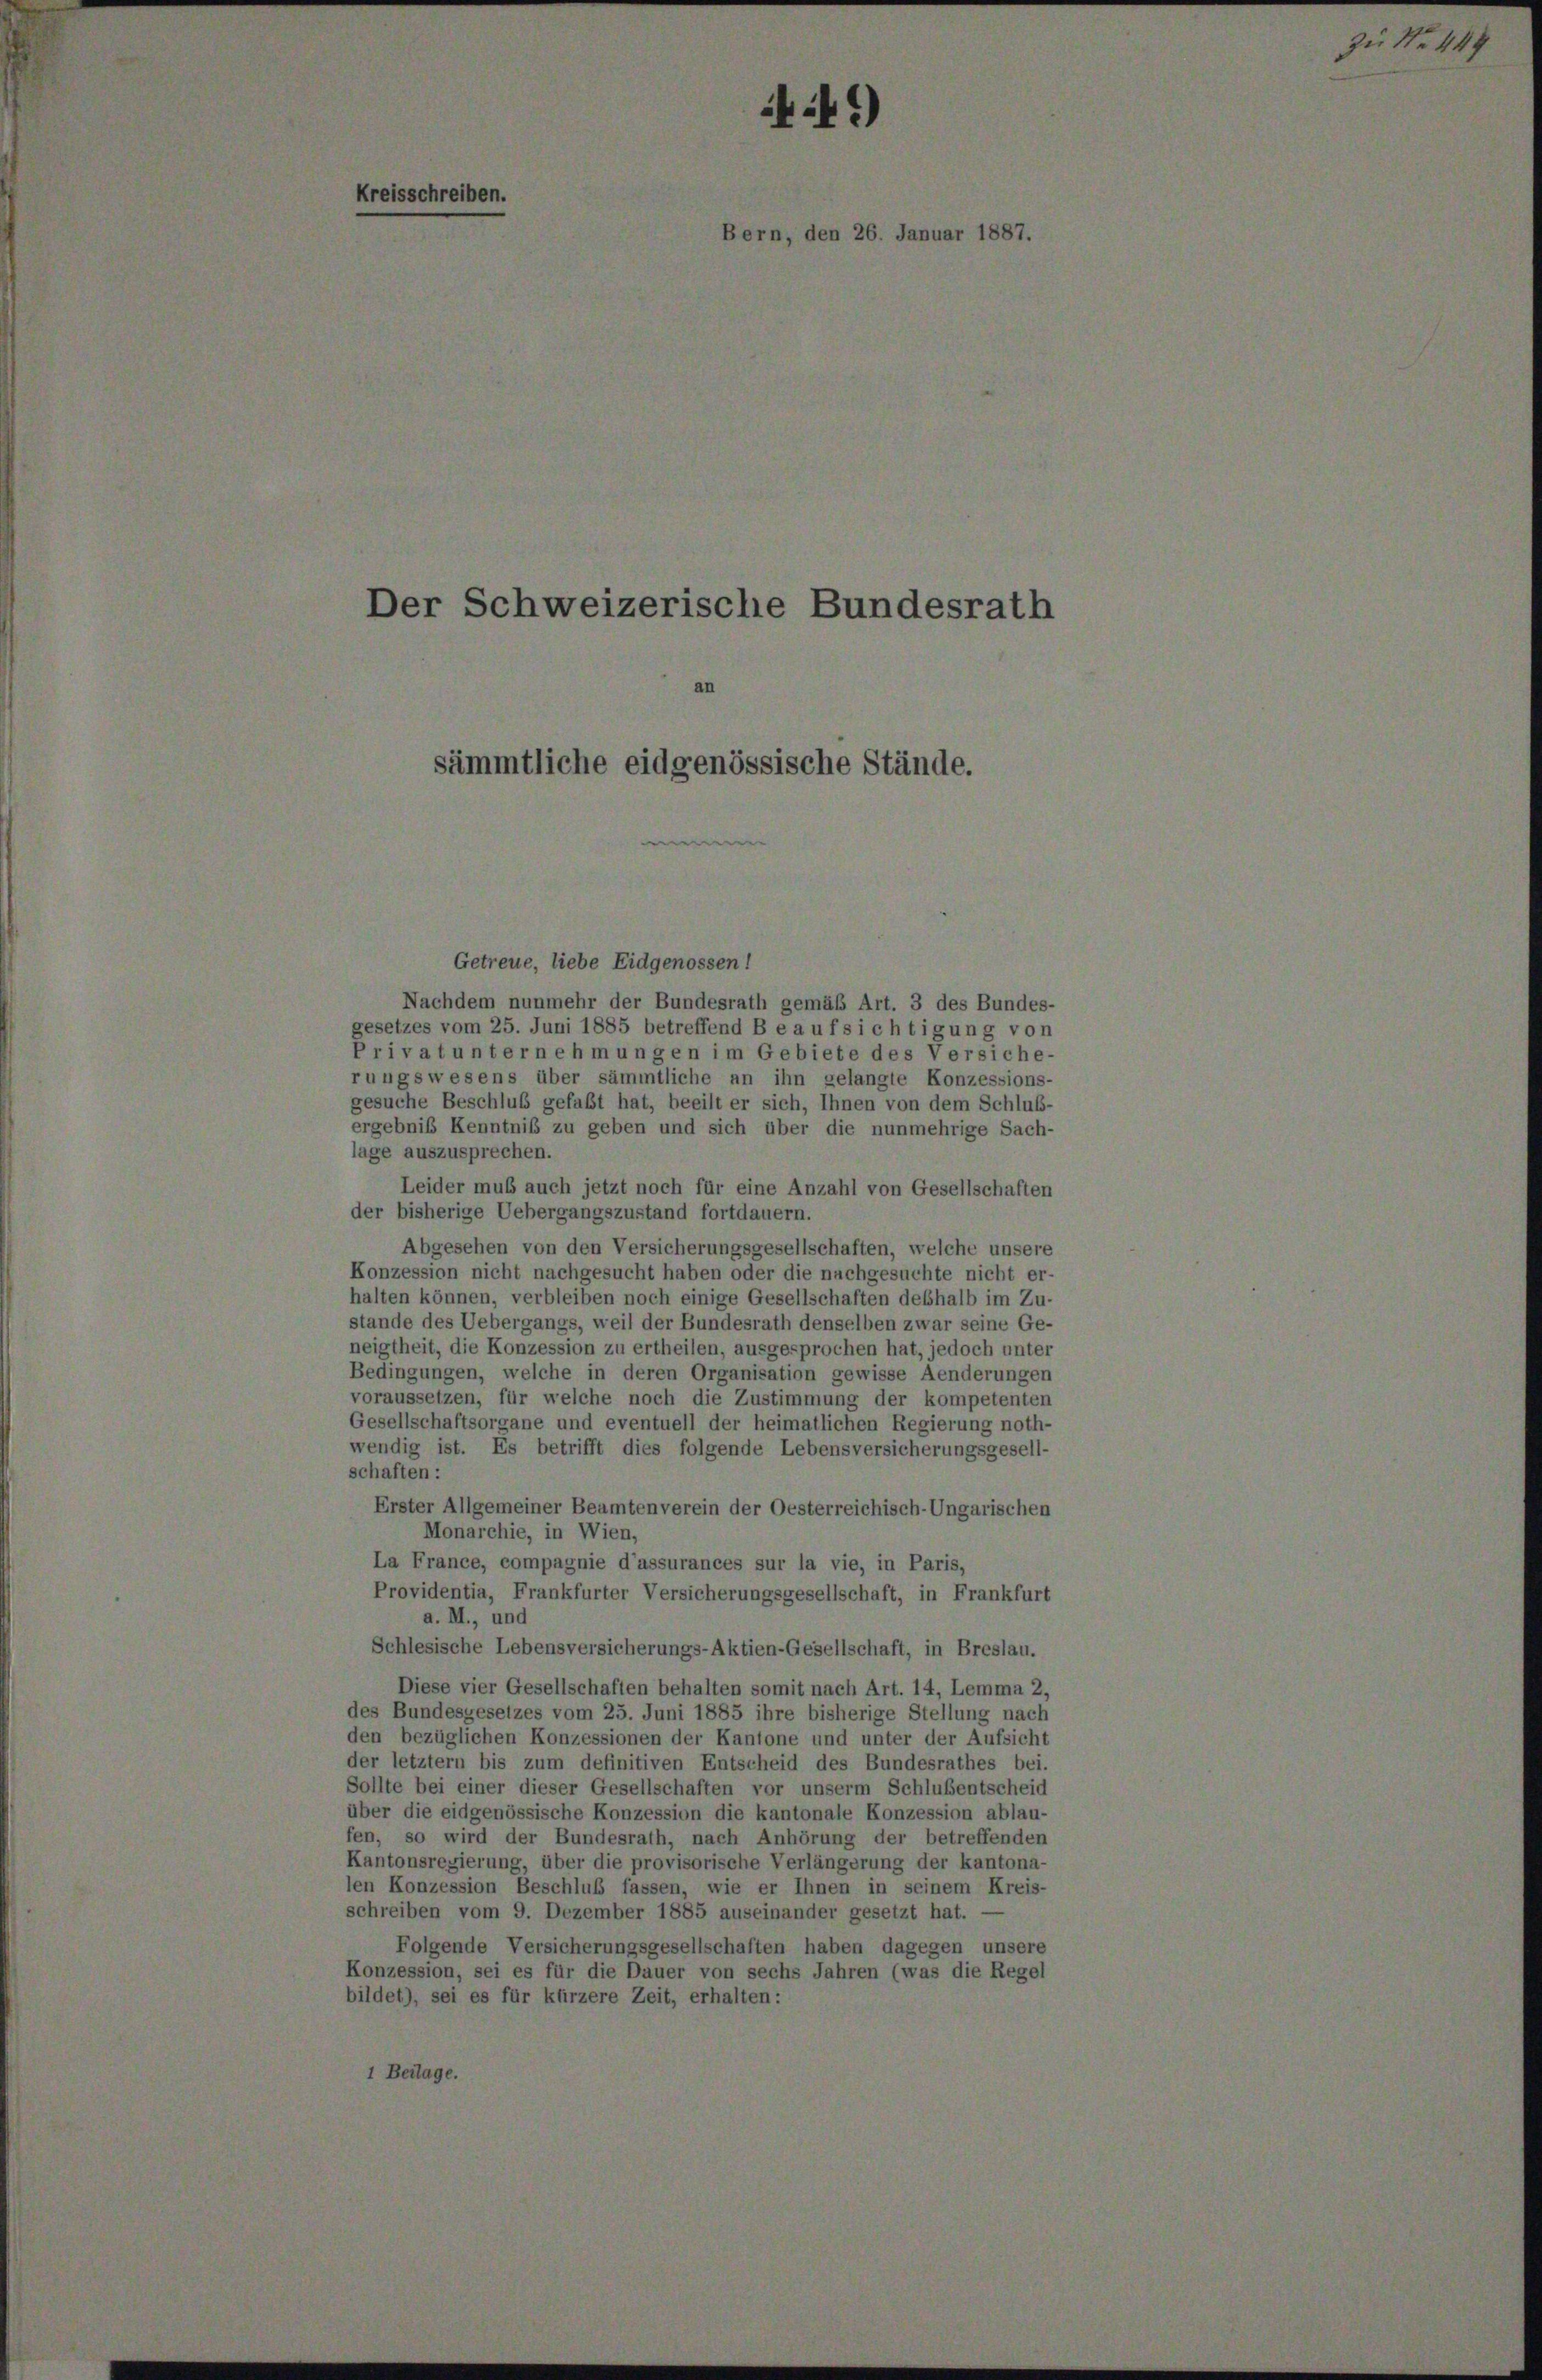
)

Der Schweizerische Bundesrath

ämmtliche eidgenössische Stände,

Getreue, liebe Eidgenossen!
Nachdem nunmehr der Bundesrath gemäß Art. 3 des Bundes.
gesetzes vom 25. Juni 1885 betreffend B e aufsichtigung von
Privat unternehmungen im Gebiete des Versiche
rungswesens über sämmtliche an ihn gelangte Konzessions-
gesuche Beschluß gefaßt hat, beeilt er sich, Ihnen von dem Schluß-
ergebnis Kenntniß zu geben und sich über die nunmehrige Sach-
lage auszusprechen.
Leider muß auch jetzt noch für eine Anzahl von Gesellschaften
der bisherige Uebergangszustand fortdauern.
Abgesehen von den Versicherungsgesellschaften, welche unsere
Konzession nicht nachgesucht haben oder die nachgesuchte nicht er-
halten können, verbleiben noch einige Gesellschaften deshalb im Zu-
stände des Uebergangs, weil der Bundesrath denselben zwar seine Ge-
neigtheit, die Konzession zu ertheilen, ausgesprochen hat, jedoch unter
Bedingungen, welche in deren Organisation gewisse Aenderungen
voraussetzen, für welche noch die Zustimmung der kompetenten
Gesellschaftsorgane und eventuell der heimatlichen Regierung noth-
wendig ist. Es betrifft dies folgende Lebensversicherungsgesell-
schaften:
Erster Allgemeiner Beamtenverein der Oesterreichisch-Ungarischen
Monarchie, in Wien,
La France, compagnie d’assurances sur la vie, in Paris,
Providentia, Frankfurter Versicherungsgesellschaft, in Frankfurt
a. M., und
Schlesische Lebensversicherungs-Aktien-Gesellschaft, in Breslau.
Diese vier Gesellschaften behalten somit nach Art. 14, Lemma 2,
des Bundesgesetzes vom 25. Juni 1885 ihre bisherige Stellung nach
den bezüglichen Konzessionen der Kantone und unter der Aufsicht
der letztem bis zum definitiven Entscheid des Bundesrathes bei.
Sollte bei einer dieser Gesellschaften vor unserm Schlußentscheid
über die eidgenössische Konzession die kantonale Konzession ablau-
fen, so wird der Bundesrath, nach Anhörung der betreffenden
Kantonsregierung, über die provisorische Verlängerung der kantona-
len Konzession Beschluß fassen, wie er Ihnen in seinem Kreis-
schreiben vom 9. Dezember 1885 auseinander gesetzt hat. -
Folgende Versicherungsgesellschaften haben dagegen unsere
Konzession, sei es für die Dauer von sechs Jahren (was die Regel
bildet), sei es für kürzere Zeit, erhalten: